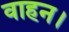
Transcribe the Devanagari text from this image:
वाहन।